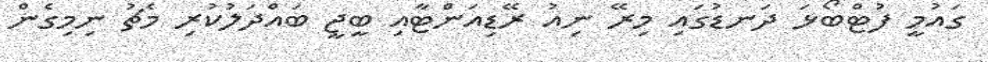
ގައުމީ ފުޓްބޯޅަ ދަނޑުގައި މިރޭ ނިއު ރޭޑިއަންޓާއި ބީޖީ ބައްދަލުކުރި މެޗު ނިމިގެން